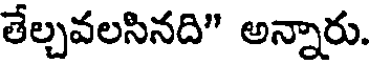
తేల్చవలసినది" అన్నారు.